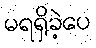
မရရှိခဲ့ပေ